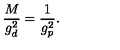
\frac { M } { g _ { d } ^ { 2 } } = \frac { 1 } { g _ { p } ^ { 2 } } .